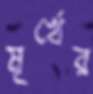
মূর্খের